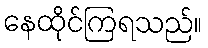
နေထိုင်ကြရသည်။